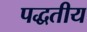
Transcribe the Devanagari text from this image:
पद्धतीय